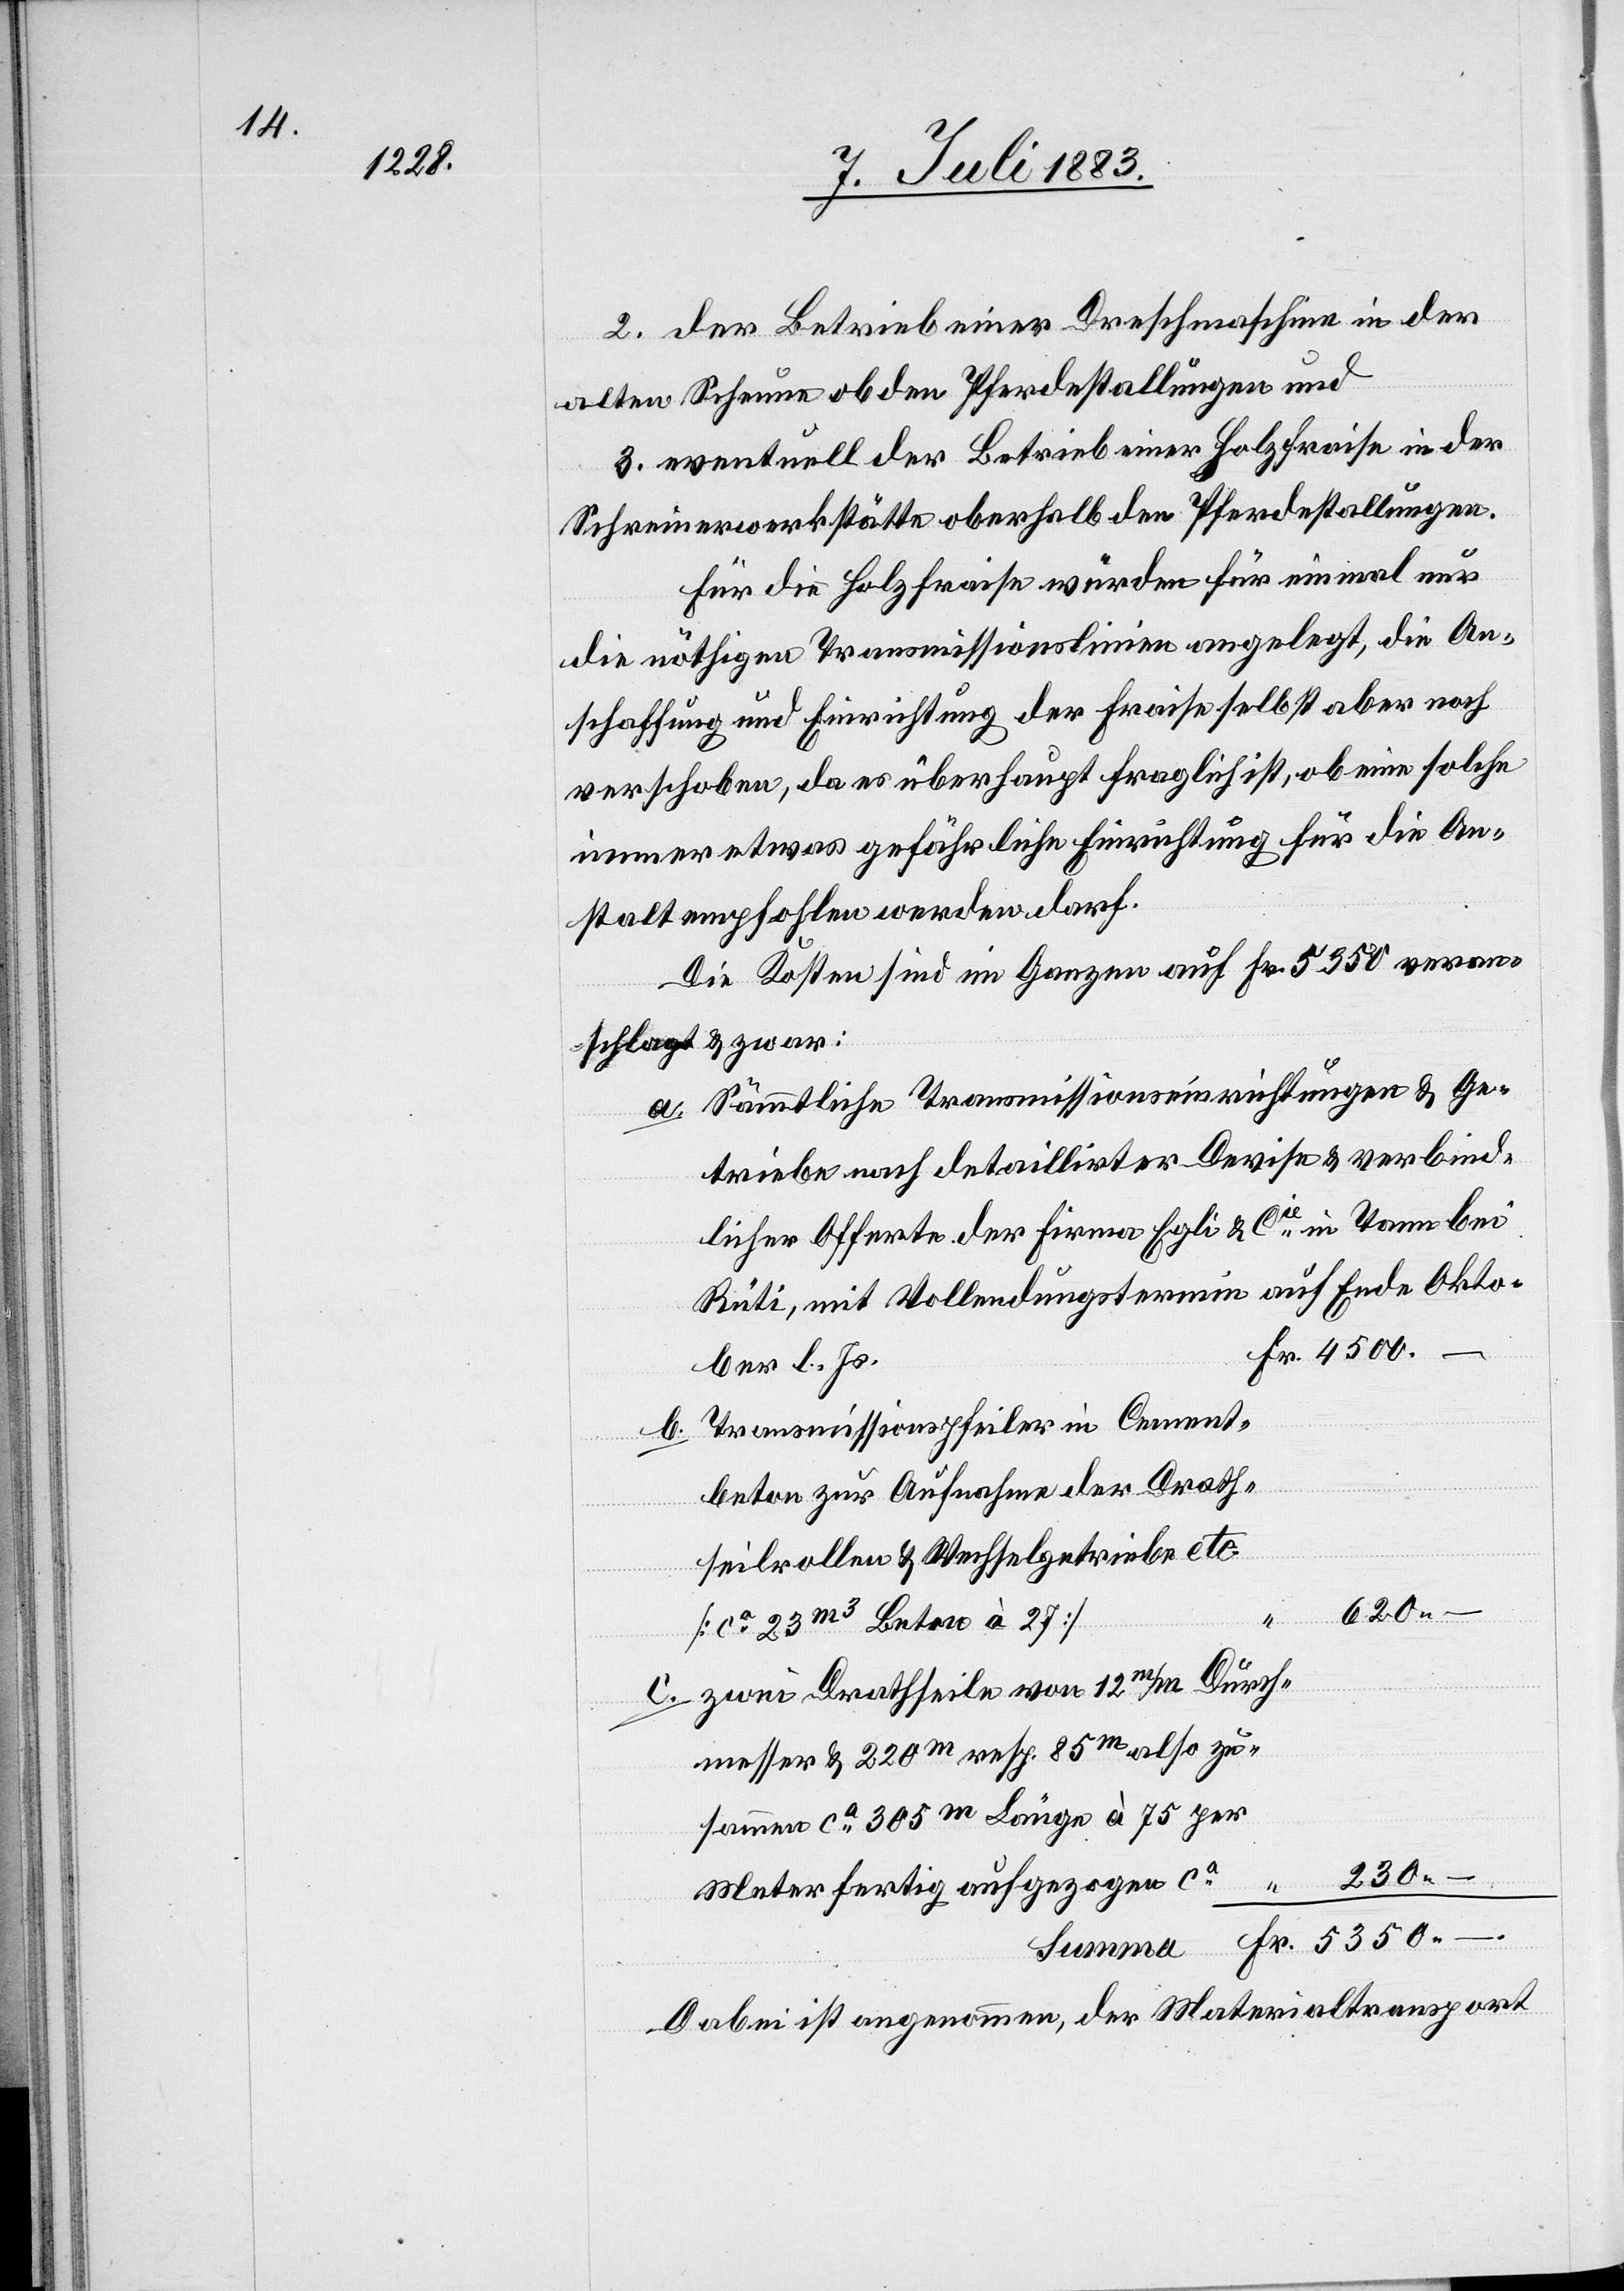
5350.

2. der Betrieb einer Dreschmaschine in der
alten Scheune ob den Pferdestallungen und
3. eventuell der Betrieb einer Holzfraise in der
Schreinerwerkstätte oberhalb den Pferdestallungen.
Für die Holzfraise würde für einmal nur
die nöthige Transmissionslinie angelegt, die An¬
schaffung und Einrichtung der Fraise selbst aber noch
verschoben, da es überhaupt fraglich ist, ob eine solche
immer etwas gefährliche Einrichtung für die An¬
stalt empfohlen werden darf.
Die Kosten sind im Ganzen auf Fr. 5350 veran¬
schlagt & zwar:
a. Sämmtliche Transmissionseinrichtungen & Ge¬
triebe nach detaillirter Devise & verbind¬
licher Offerte der Firma Egli & Cie in Tann bei
Rüti, mit Vollendungstermin auf Ende Okto¬
ber l. Js.
b. Transmissionspfeiler in Cement¬
beton zur Aufnahme der Drah¬
tseilrollen & Wechselgetriebe etc.
–
620.
[ca 23 m3 Beton a 27]
zwei Drahtseile von 12 m/M Durch¬
Fr.
messer & 220m resp. 85m also zu¬
sammen ca 305m Länge à 75 per
230.
Meter fertig aufgezogen ca
Dabei ist angenommen, der Materialtransport